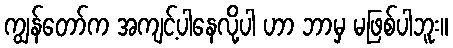
ကျွန်တော်က အကျင့်ပါနေလို့ပါ ဟာ ဘာမှ မဖြစ်ပါဘူး။